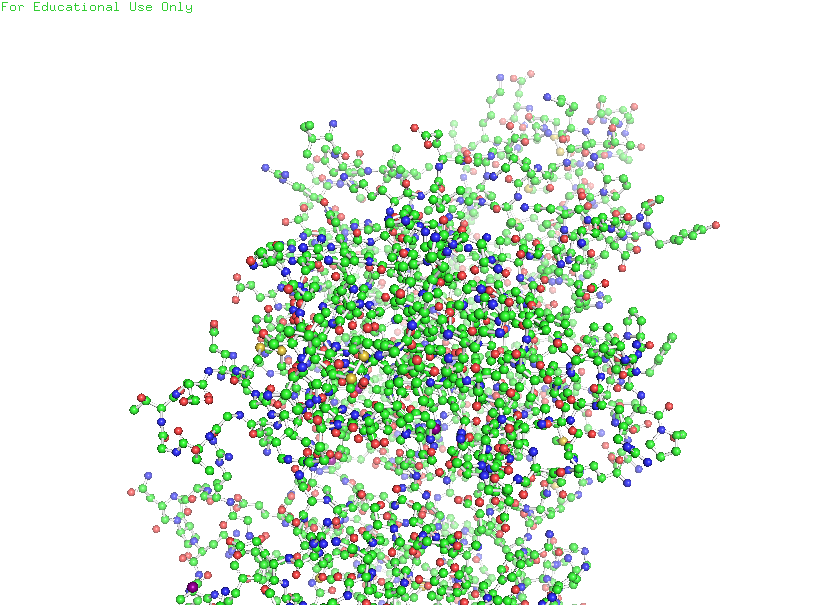
pymol, preset, ball_and_stick